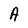
Character: A